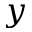
y